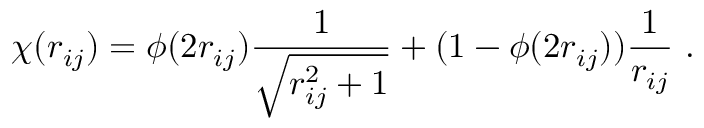
\chi ( r _ { i j } ) = \phi ( 2 r _ { i j } ) \frac { 1 } { \sqrt { r _ { i j } ^ { 2 } + 1 } } + ( 1 - \phi ( 2 r _ { i j } ) ) \frac { 1 } { r _ { i j } } ~ .